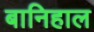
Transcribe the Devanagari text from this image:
बानिहाल